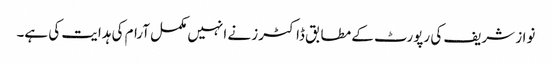
نواز شریف کی رپورٹ کے مطابق ڈاکٹرز نے انہیں مکمل آرام کی ہدایت کی ہے۔